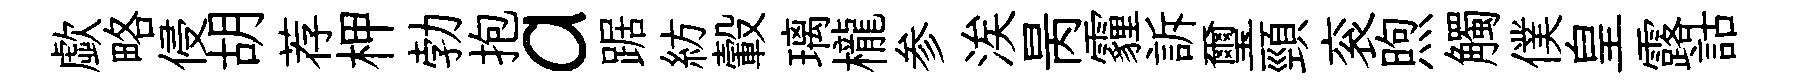
歔略侵胡荐柙勃抱a踞紡轂璃櫳参涘昺霾訴璽頸衮煦觸僕皇露詁